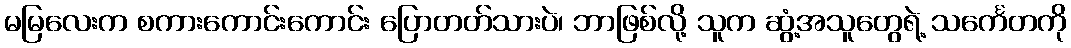
မမြလေးက စကားကောင်းကောင်း ပြောတတ်သားပဲ၊ ဘာဖြစ်လို့ သူက ဆွံ့အသူတွေရဲ့ သင်္ကေတကို